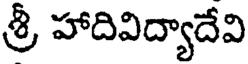
శ్రీ హాదివిద్యాదేవి